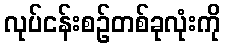
လုပ်ငန်းစဉ်တစ်ခုလုံးကို